Annual report of the Punjab Veterinary College and of the Civil Veterinary Department, Punjab - 1920-1925
Year: 1920
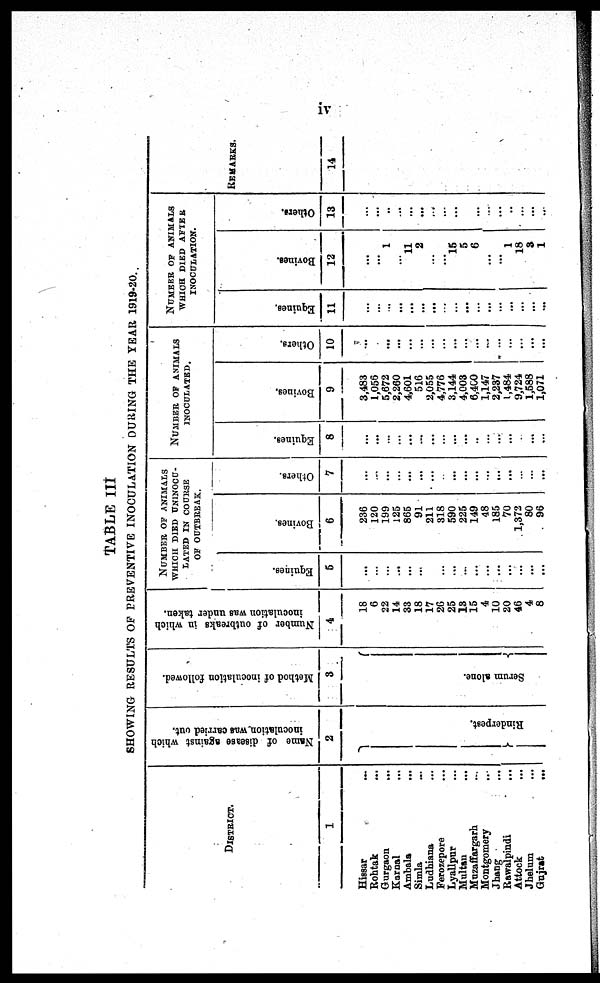
iv
TABLE I I I
SH0WING RESULTS O F PREVENTIVE INOCULATION DURING T H E YEAR 1919-20.
DI STRI CT.
1
Hi ssar ...
Roht ak ...
Gurgaon ...
Karnal ...
Ambal a ...
Si ml a ...
Ludhi ana ...
Ferozepore ...
Lyal l pur ...
Mul t au .
.
.
Muzaf f argarh ...
Mont gomery ...
Jhang ...
Rawal pi ndi ...
Attock ...
Jhel um ...
Guj rat ...
Na me of di s e as e against which
inoc ulat ion was carried out.
2
Rinde r pe s
t
.
Method of inoculation followed.
3
S e
r
u m alone.
Number of outbreaks in which
inoculation was under taken.
4
18
6
22
14
33
18
17
26
25
18 15
4
10
20
46 4
8
NUMBER OF ANI MALS
WHI CH DI ED UNI NOCU-
LATED I N COURSE
O F OUTBREAK.
Equines.
6
...
...
...
... ...
...
...
...
...
...
...
... ...
...
... ...
...
Bovines.
6
236
120
199
125
865
91
211
318
590
225 149
48
185
70
1, 372 80
96
Others.
7
...
...
...
... ...
...
...
...
...
... ...
...
...
...
...
...
...
NUMBER OF ANIMALS
I
NOCULATED
Equines.
8
...
...
...
...
...
...
...
...
...
... ...
...
...
...
... ...
...
Bovines.
9
3, 483
1, 056
5, 672
2, 260
4, 601
516
2, 055
4, 776
3, 144
4, 008
6, 400
1, 147
2, 237
1, 484
9, 724
1, 588
1, 071
Others.
10
...
...
...
...
...
...
...
...
...
...
...
... ...
...
... ...
...
NUMBER OF ANIMALS
WHI CH DI ED AFTER
I NOCULATI ON.
Equines.
11
...
...
...
... ...
...
...
...
...
...
... ...
...
...
... ...
...
Bovines.
12
...
... 1
... 11
2
...
...
15
5
6
... ... 1
18 8
1
Others.
13
...
...
...
... ...
...
...
...
...
... ...
...
...
...
... ...
...
REMARKS.
14